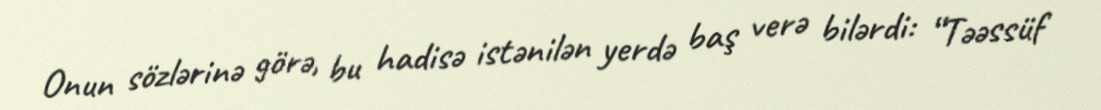
Onun sözlərinə görə, bu hadisə istənilən yerdə baş verə bilərdi: “Təəssüf